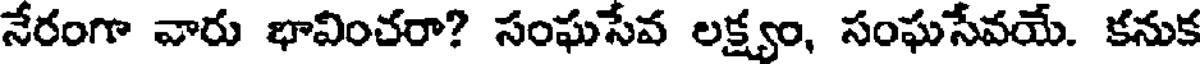
నేరంగా వారు భావించరా? సంఘసేవ లక్ష్యం, సంఘసేవయే. కనుక